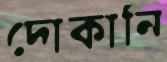
দোকানি